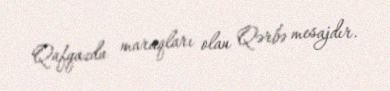
Qafqazda maraqları olan Qərbə mesajdır.